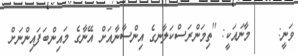
ވަނީ:     މާނައަކީ: ''ތިމަންރަސްކަލާނގެ އިންސާނާއަށް އޭނާގެ މައިންބަފައިންނަށް